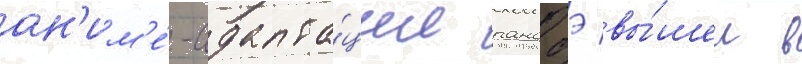
ан'им'е́-адапта́ции ранобэ вы́шел в